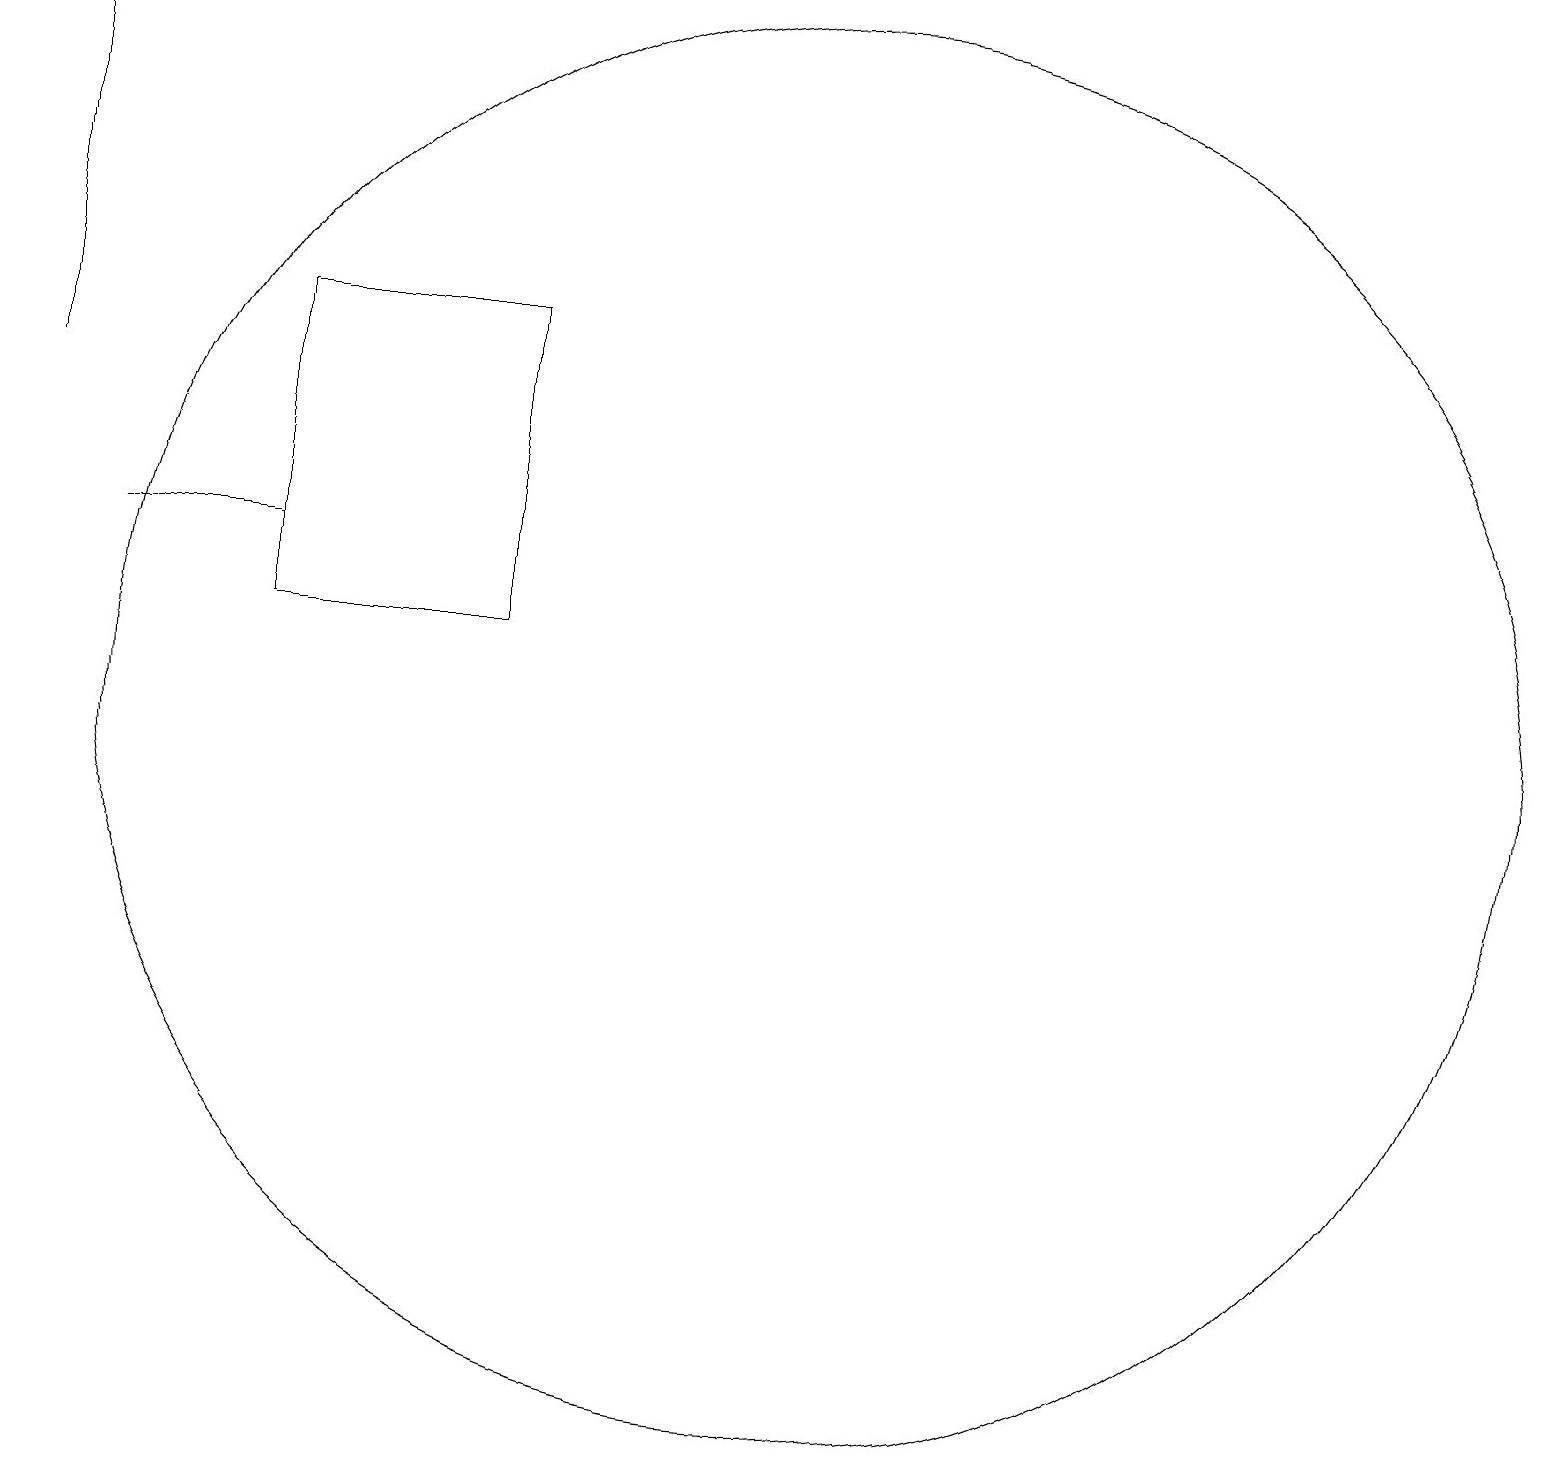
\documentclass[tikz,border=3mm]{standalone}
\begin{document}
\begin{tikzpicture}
\draw (11,10) circle (9);
\draw (4,12) rectangle (2,12);
\draw (7,15) rectangle (4,11);
\draw[->] (1,14) -- (1,19);
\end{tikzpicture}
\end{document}